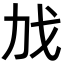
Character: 𫻧